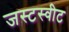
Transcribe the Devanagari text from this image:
जस्टस्वीट